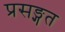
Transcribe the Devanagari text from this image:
प्रसङ्गत